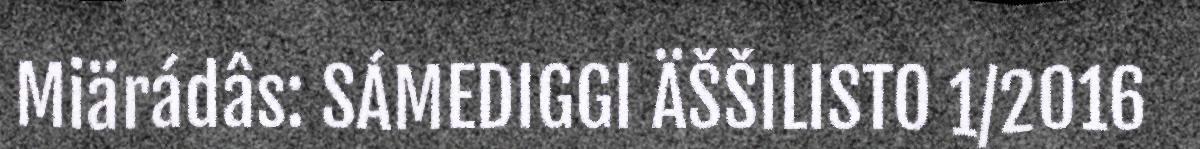
Miärádâs: SÁMEDIGGI ÄŠŠILISTO 1/2016